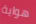
هواية